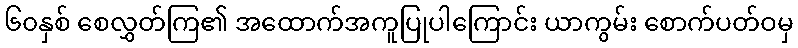
၆၀နှစ် စေလွှတ်ကြ၏ အထောက်အကူပြုပါကြောင်း ယာကွမ်း စောက်ပတ်ဝမှ